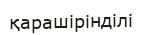
қарашірінділі